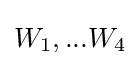
W_{1},...W_{4}